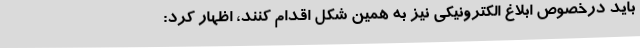
باید درخصوص ابلاغ الکترونیکی نیز به همین شکل اقدام کنند، اظهار کرد: